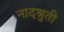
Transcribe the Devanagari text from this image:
नादश्रुती